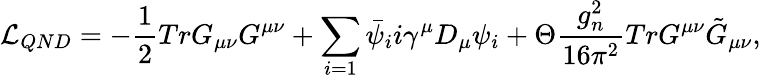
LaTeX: {\cal L}_{QND}=-\frac{1}{2}TrG_{\mu\nu}G^{\mu\nu}+\sum_{i=1}\bar{\psi}_{i}i\gamma^{\mu}D_{\mu}\psi_{i}+\Theta\frac{g_{n}^{2}}{16\pi^{2}}TrG^{\mu\nu}\tilde{G}_{\mu\nu},